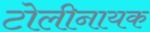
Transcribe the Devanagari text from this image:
टोलीनायक